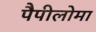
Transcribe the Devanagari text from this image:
पैपीलोमा